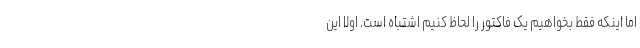
اما اینکه فقط بخواهیم یک فاکتور را لحاظ کنیم اشتباه است. اولاً این